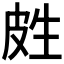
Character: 𰤢